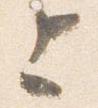
上